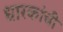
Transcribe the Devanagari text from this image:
धारकांची